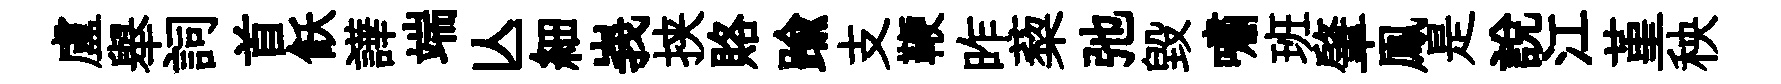
盧舉詞首飫譁端亾細峩挟賂踰支鞭昨蔾弛毀嘯班肇鳯是說江堇秧